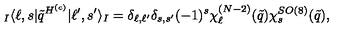
{ } _ { I } \langle \ell , s | \tilde { q } ^ { H ^ { ( c ) } } | \ell ^ { \prime } , s ^ { \prime } \rangle _ { I } = \delta _ { \ell , \ell ^ { \prime } } \delta _ { s , s ^ { \prime } } ( - 1 ) ^ { s } \chi _ { \ell } ^ { ( N - 2 ) } ( \tilde { q } ) \chi _ { s } ^ { S O ( 8 ) } ( \tilde { q } ) ,